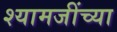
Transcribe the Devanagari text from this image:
श्यामजींच्या